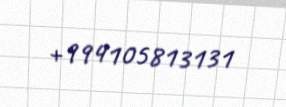
+994105813131